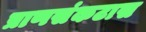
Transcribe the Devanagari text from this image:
प्राणसंकटास